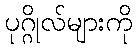
ပုဂ္ဂိုလ်များကို